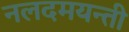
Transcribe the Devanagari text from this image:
नलदमयन्ती